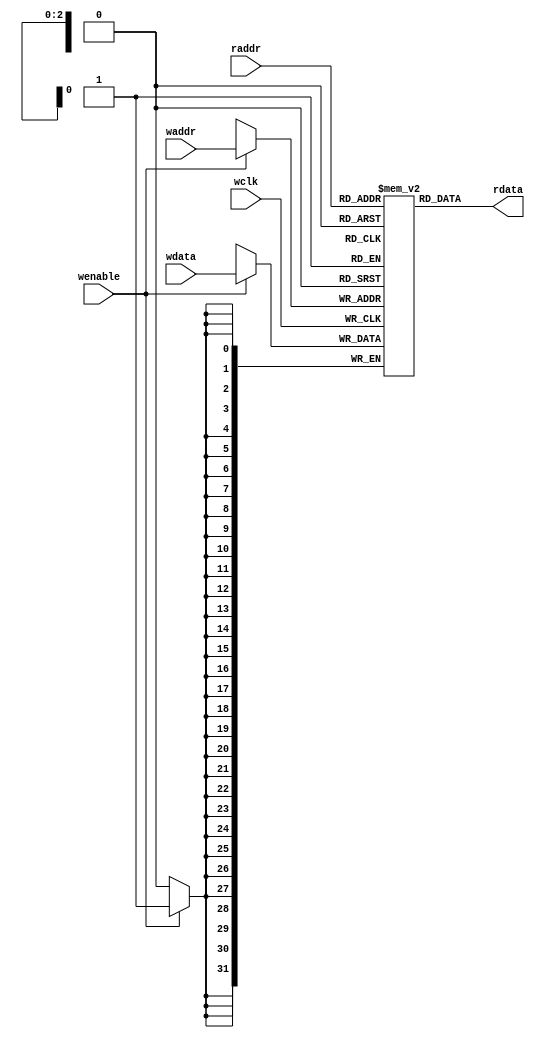
`timescale 1ns / 1ps
//////////////////////////////////////////////////////////////////////////////////
// Company: 
// 
// Design Name: 
// Module Name: fifomem
// Project Name: 
// Target Devices: 
// Tool Versions: 
// Description: 
//      This fifomem has synchronous writes but asynchronous reads
// Dependencies: 
// 
// Revision:
// Revision 0.01 - File Created
// Additional Comments:
// 
//////////////////////////////////////////////////////////////////////////////////
module fifomem #(parameter DATAWIDTH = 32, 
                 parameter ADDRWIDTH = 3)( // n=3 as (n+1)=4bits
    wdata, waddr, wenable, wclk,
    rdata, raddr
);
    // write ports
    input [DATAWIDTH-1:0] wdata;
    input [ADDRWIDTH-1:0] waddr;
    input wenable;              // NOTE: This write-enable assumes that it is generated
                                //       after checking fullflag.
                                //       That is, wenable = write & !full in the topmodule
    input wclk;
    // read ports
    output [DATAWIDTH-1:0] rdata;
    input  [ADDRWIDTH-1:0] raddr;
    
    // FIFO Storage element
    reg [DATAWIDTH-1:0] fifobuf [0:((2**ADDRWIDTH)- 1)];
    
    always @ (posedge wclk)
        if (wenable) fifobuf[waddr] <= wdata;

    //always @ (posedge rclk)
    //    rdata = fifobuf[raddr];
    
    assign rdata = fifobuf[raddr];

endmodule